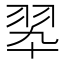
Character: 翆